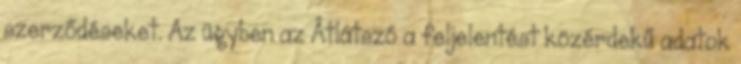
szerződéseket. Az ügyben az Átlátszó a feljelentést közérdekű adatok